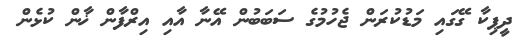
ދީޕިކާ ގޭގައި މަޑުކުރަން ޖެހުމުގެ ސަބަބުން އޭނާ އާއި އިރްފާން ޚާން ކުޅެން